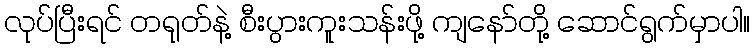
လုပ်ပြီးရင် တရုတ်နဲ့ စီးပွားကူးသန်းဖို့ ကျနော်တို့ ဆောင်ရွက်မှာပါ။